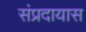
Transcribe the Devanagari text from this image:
संप्रदायास